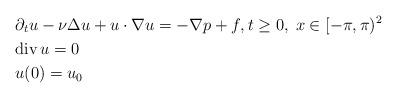
LaTeX: \begin{align*} &\partial_tu -\nu\Delta u+ u\cdot\nabla u = - \nabla p+f, t \geq 0, \; x \in [-\pi,\pi)^2\\ &\mathrm{div}\, u = 0 \\ &u(0) = u_0 \end{align*}